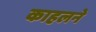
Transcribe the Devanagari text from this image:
काहलने